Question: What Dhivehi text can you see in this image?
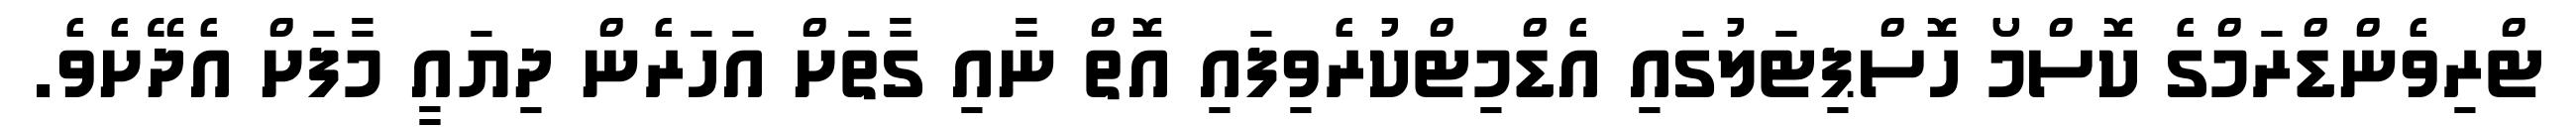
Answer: ޓްރިވެންޑްރަމްގެ ކޮސްމޯ ހޮސްޕިޓަލުގައި އެޑްމިޓްކުރެވިފައި އޮތް ނާއި ގާތަށް އަހަރެން ދިޔައީ މާފަށް އެދޭށެވެ.